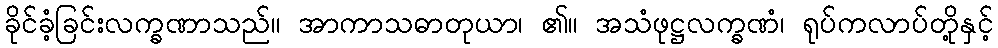
ခိုင်ခံ့ခြင်းလက္ခဏာသည်။ အာကာသဓာတုယာ၊ ၏။ အသံဖုဋ္ဌလက္ခဏံ၊ ရုပ်ကလာပ်တို့နှင့်